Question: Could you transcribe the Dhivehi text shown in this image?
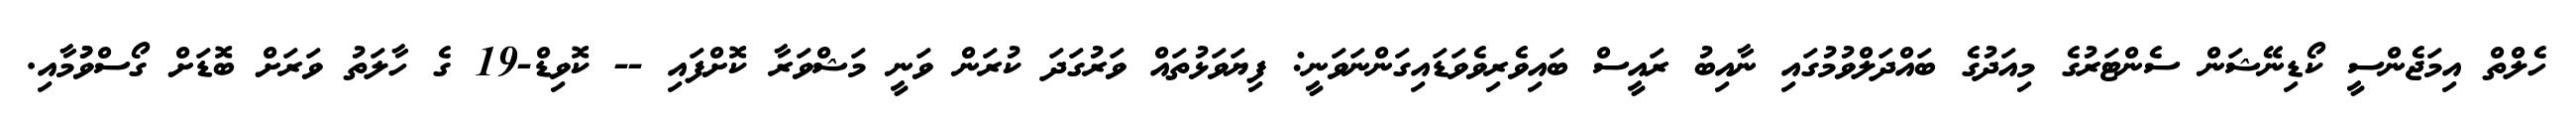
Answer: ހެލްތް އިމަޖެންސީ ކޯޑިނޭޝަން ސެންޓަރުގެ މިއަދުގެ ބައްދަލްވުމުގައި ނާއިބު ރައީސް ބައިވެރިވެވަޑައިގަންނަވަނީ: ފިޔަވަޅުތައް ވަރުގަދަ ކުރަން ވަނީ މަޝްވަރާ ކޮށްފައި -- ކޮވިޑް-19 ގެ ހާލަތު ވަރަށް ބޮޑަށް ގޯސްވުުމާއި.